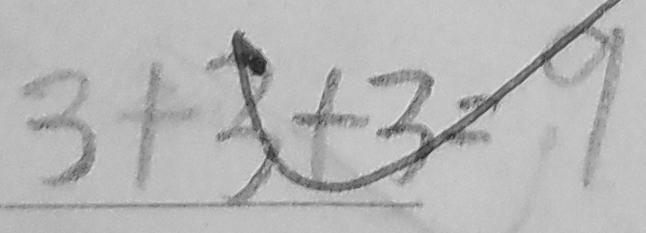
3 + 3 + 3 = 9